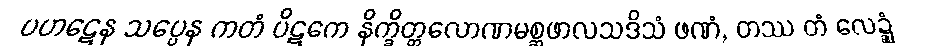
ပဟဋေန သပ္ပေန ကတံ ပိဋကေ နိက္ခိတ္တလောဏမစ္ဆဖာလသဒိသံ ဖဏံ, တဿ တံ လေဍ္ဍုံ